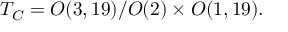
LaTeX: { \cal T } _ { C } = O ( 3 , 1 9 ) / O ( 2 ) \times O ( 1 , 1 9 ) .